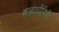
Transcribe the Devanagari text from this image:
खलाशीगिरी